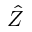
\hat { Z }